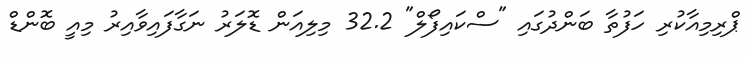
ޕްރިމިއާކުރި ހަފުތާ ބަންދުގައި "ސްކައިފޯލް" 32.2 މިލިއަން ޑޮލަރު ނަގާފައިވާއިރު މިއީ ބޮންޑް